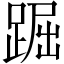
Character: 䠇